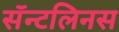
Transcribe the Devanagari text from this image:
सॅन्टलिनस